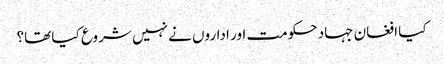
کیا افغان جہاد حکومت اور اداروں نے نہیں شروع کیا تھا؟